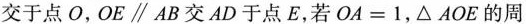
交于点O，$$OE\parallel AB$$交AD于点E，若$$OA=1$$，\triangle AOE的周